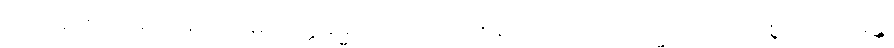
ထိုသဘောတရားဖြင့်။ သမ္ပယုတ္တဓမ္မာ၊ သမ္ပယုတ်တရားတို့သည်။ သမ္မာ၊ ကောင်းစွာ။ ဝါယမန္တိ၊